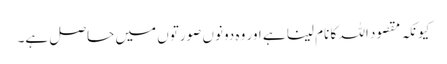
کیونکہ مقصود اللہ کا نام لینا ہے اور وہ دونوں صورتوں میں حاصل ہے۔